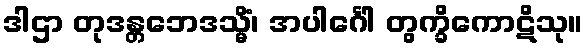
ဒါဌာ တုဒန္တဘေဒသ္မိံ၊ အပါင်္ဂေါ တွက္ခိကောဋိသု။